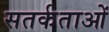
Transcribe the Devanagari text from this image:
सतर्कताओं